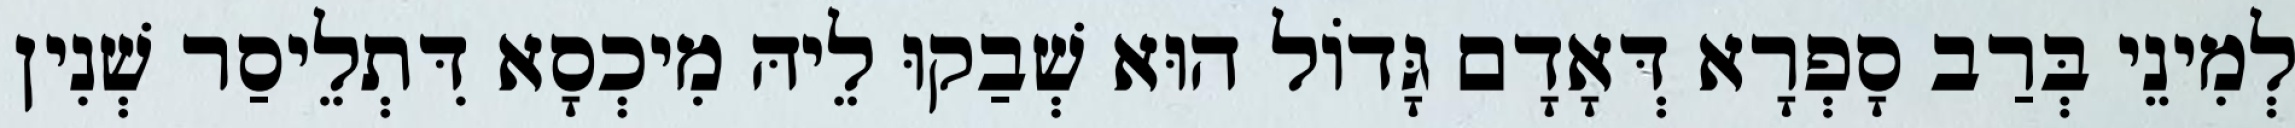
לְמִינֵי בְּרַב סָפְרָא דְּאָדָם גָּדוֹל הוּא שְׁבַקוּ לֵיהּ מִיכְסָא דִּתְלֵיסַר שְׁנִין